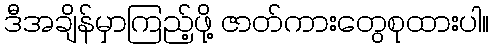
ဒီအချိန်မှာကြည့်ဖို့ ဇာတ်ကားတွေစုထားပါ။